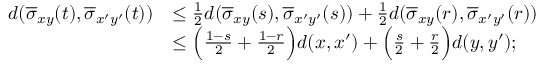
\begin{array} { r l } { d ( \overline { { \sigma } } _ { x y } ( t ) , \overline { { \sigma } } _ { x ^ { \prime } y ^ { \prime } } ( t ) ) } & { \leq \frac { 1 } { 2 } d ( \overline { { \sigma } } _ { x y } ( s ) , \overline { { \sigma } } _ { x ^ { \prime } y ^ { \prime } } ( s ) ) + \frac { 1 } { 2 } d ( \overline { { \sigma } } _ { x y } ( r ) , \overline { { \sigma } } _ { x ^ { \prime } y ^ { \prime } } ( r ) ) } \\ & { \leq \Big ( \frac { 1 - s } { 2 } + \frac { 1 - r } { 2 } \Big ) d ( x , x ^ { \prime } ) + \Big ( \frac { s } { 2 } + \frac { r } { 2 } \Big ) d ( y , y ^ { \prime } ) ; } \end{array}